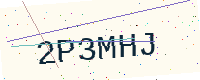
Text: 2P3MHJ